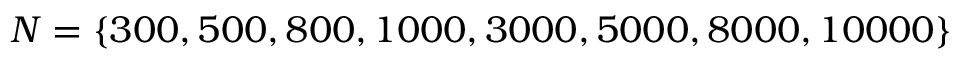
N = \{ 3 0 0 , 5 0 0 , 8 0 0 , 1 0 0 0 , 3 0 0 0 , 5 0 0 0 , 8 0 0 0 , 1 0 0 0 0 \}